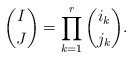
\begin{align*}\binom{I}{J}=\prod_{k=1}^r \binom{i_k}{j_k}.\end{align*}